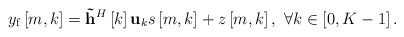
\begin{align*} {y_{\rm f}}\left[ {m,k} \right] = {{{\bf{\tilde h}}}^H}\left[ k \right]{{\bf{u}}_k}s\left[ {m,k} \right] + z\left[m,k\right], \ \forall k \in \left[0, {K}-1\right]. \end{align*}